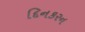
દિનકરન